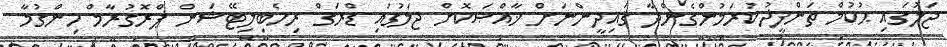
ޖަލުގައި ޙުކުމް ތަންފީޛުކުރަމުންގެންދާ ޤައިދީންނަށް ޚާއްޞަކޮށް ޖަލުގައި ޑްރަގް ރިހެބިލިޓޭޝަން ޕްރޮގުރާމް ހިންގުމާ